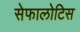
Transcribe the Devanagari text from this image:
सेफालोटिस